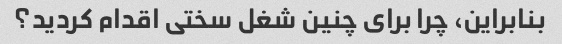
بنابراین، چرا برای چنین شغل سختی اقدام کردید؟